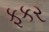
ફકર